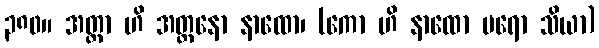
၃၈၀။ အတ္တာ ဟိ အတ္တနော နာထော၊ (ကော ဟိ နာထော ပရော သိယာ)